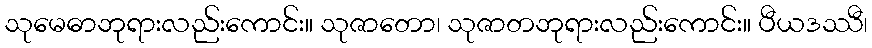
သုမေဓာဘုရားလည်းကောင်း။ သုဇာတော၊ သုဇာတဘုရားလည်းကောင်း။ ပီယဒဿီ၊